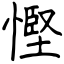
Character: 慳